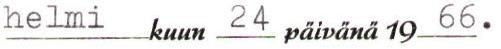
helmi kuun 24 päivänä 1966.